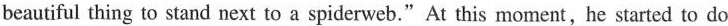
beautiful thing to stand next to a spiderweb."At this moment, he started to do